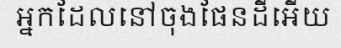
អ្នកដែលនៅចុងផែនដីអើយ